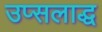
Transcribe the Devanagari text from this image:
उप्सलाद्ध